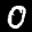
Label: 0